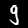
Digit: 9